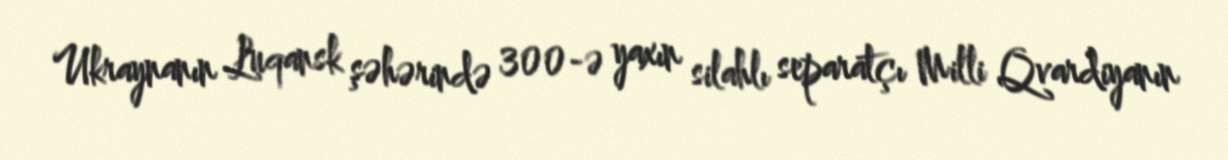
Ukraynanın Luqansk şəhərində 300-ə yaxın silahlı separatçı Milli Qvardiyanın